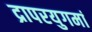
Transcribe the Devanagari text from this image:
द्रापरयुगमां